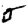
Digit: 5